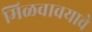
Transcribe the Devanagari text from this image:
मिळवावयाचे